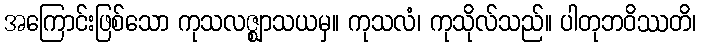
အကြောင်းဖြစ်သော ကုသလဇ္ဈာသယမှ။ ကုသလံ၊ ကုသိုလ်သည်။ ပါတုဘဝိဿတိ၊